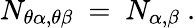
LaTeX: N_{\theta\alpha,\theta\beta}~=~N_{\alpha,\beta}~.